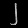
Digit: ၂